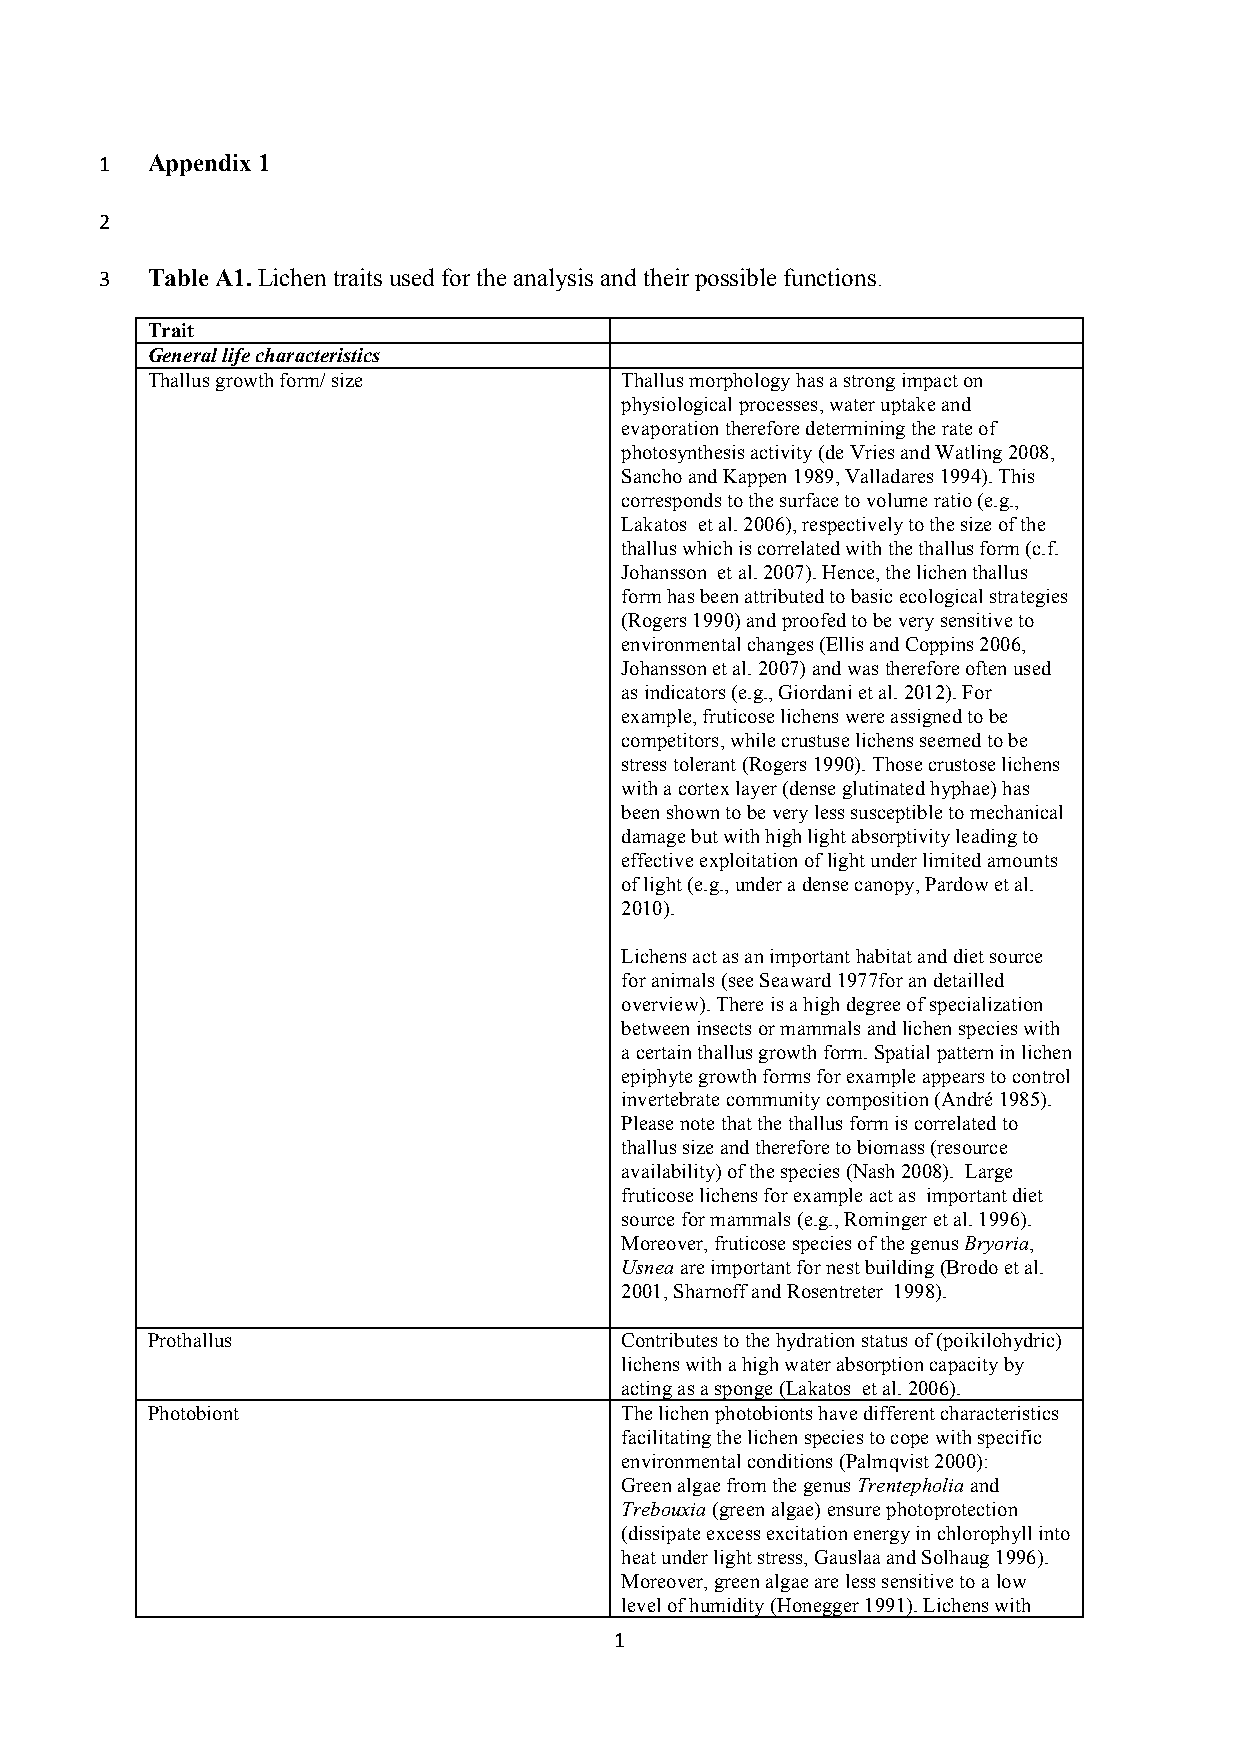
1  Appendix 1
 2
 3  Table A1. Lichen traits used for the analysis and their possible functions.
 Trait
 General life characteristics
 Thallus growth form/ size      Thallus morphology has a strong impact on
 physiological processes, water uptake and
 evaporation therefore determining the rate of
 photosynthesis activity (de Vries and Watling 2008,
 Sancho and Kappen 1989, Valladares 1994). This
 corresponds to the surface to volume ratio (e.g.,
 Lakatos et al. 2006), respectively to the size of the
 thallus which is correlated with the thallus form (c.f.
 Johansson et al. 2007). Hence, the lichen thallus
 form has been attributed to basic ecological strategies
 (Rogers 1990) and proofed to be very sensitive to
 environmental changes (Ellis and Coppins 2006,
 Johansson et al. 2007) and was therefore often used
 as indicators (e.g., Giordani et al. 2012). For
 example, fruticose lichens were assigned to be
 competitors, while crustuse lichens seemed to be
 stress tolerant (Rogers 1990). Those crustose lichens
 with a cortex layer (dense glutinated hyphae) has
 been shown to be very less susceptible to mechanical
 damage but with high light absorptivity leading to
 effective exploitation of light under limited amounts
 of light (e.g., under a dense canopy, Pardow et al.
 2010).
 Lichens act as an important habitat and diet source
 for animals (see Seaward 1977for an detailled
 overview). There is a high degree of specialization
 between insects or mammals and lichen species with
 a certain thallus growth form. Spatial pattern in lichen
 epiphyte growth forms for example appears to control
 invertebrate community composition (André 1985).
 Please note that the thallus form is correlated to
 thallus size and therefore to biomass (resource
 availability) of the species (Nash 2008). Large
 fruticose lichens for example act as important diet
 source for mammals (e.g., Rominger et al. 1996).
 Moreover, fruticose species of the genus Bryoria,
 Usnea are important for nest building (Brodo et al.
 2001, Sharnoff and Rosentreter 1998).
 Prothallus                     Contributes to the hydration status of (poikilohydric)
 lichens with a high water absorption capacity by
 acting as a sponge (Lakatos et al. 2006).
 Photobiont                     The lichen photobionts have different characteristics
 facilitating the lichen species to cope with specific
 environmental conditions (Palmqvist 2000):
 Green algae from the genus Trentepholia and
 Trebouxia (green algae) ensure photoprotection
 (dissipate excess excitation energy in chlorophyll into
 heat under light stress, Gauslaa and Solhaug 1996).
 Moreover, green algae are less sensitive to a low
 level of humidity (Honegger 1991). Lichens with
 1